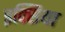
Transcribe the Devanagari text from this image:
इक्सिया